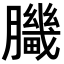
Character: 𦢍